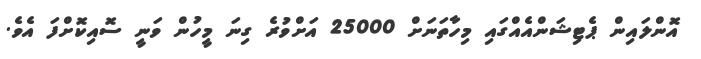
އޮންލައިން ޕެޓިޝަންއެއްގައި މިހާތަނަށް 25000 އަށްވުރެ ގިނަ މީހުން ވަނީ ސޮއިކޮށްފަ އެވެ.